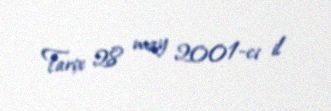
Tarix 28 may 2001-ci il